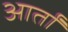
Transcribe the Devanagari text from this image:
आर्तों